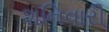
શનિવારી